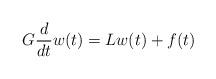
LaTeX: \begin{align*}G \frac{d}{dt} w(t) = L w(t) + f(t)\end{align*}